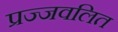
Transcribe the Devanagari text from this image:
प्रज्‍जवलित